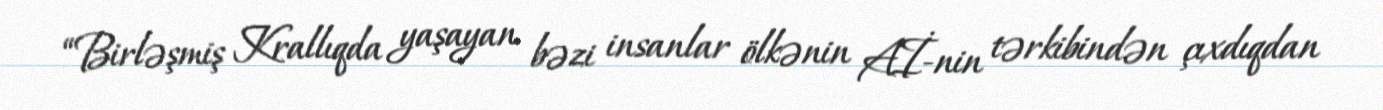
“Birləşmiş Krallıqda yaşayan bəzi insanlar ölkənin Aİ-nin tərkibindən çıxdıqdan